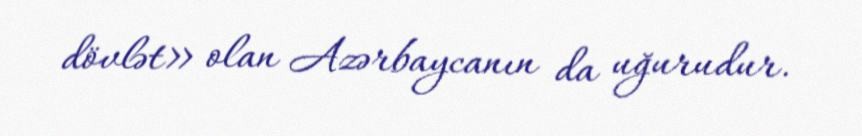
dövlət» olan Azərbaycanın da uğurudur.